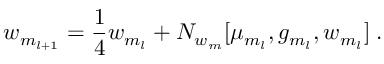
w _ { m _ { l + 1 } } = { \frac { 1 } { 4 } } w _ { m _ { l } } + N _ { w _ { m } } [ \mu _ { m _ { l } } , g _ { m _ { l } } , w _ { m _ { l } } ] \; .